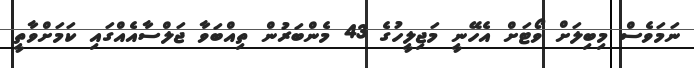
ނަމަވެސް މިބިލަށް ވޯޓަށް އެހޭނީ މަޖިލީހުގެ 43 މެންބަރުން ތިއްބަވާ ޖަލްސާއެއްގައި ކަމަށްވާތީ